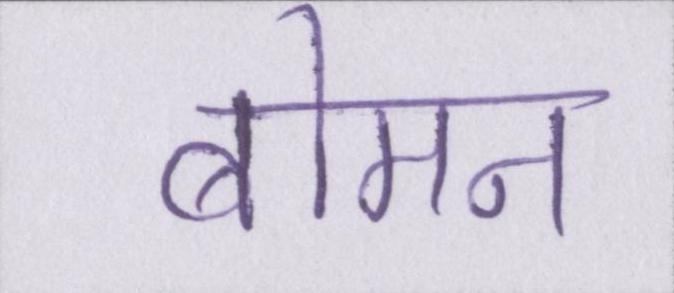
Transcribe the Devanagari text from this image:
बोमन